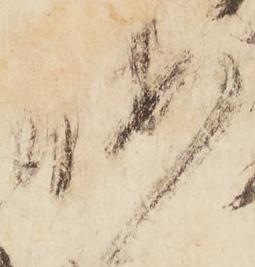
暇